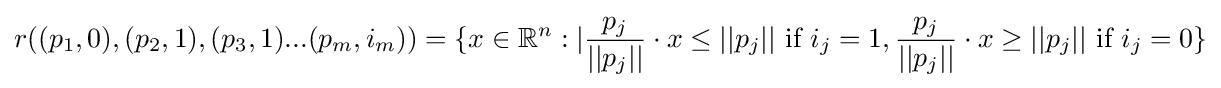
r((p_{1},0),(p_{2},1),(p_{3},1)...(p_{m},i_{m}))=\{x\in \mathbb {R} ^{n}:|{\frac {p_{j}}{||p_{j}||}}\cdot x\leq ||p_{j}||{\text{ if }}i_{j}=1,{\frac {p_{j}}{||p_{j}||}}\cdot x\geq ||p_{j}||{\text{ if }}i_{j}=0\}